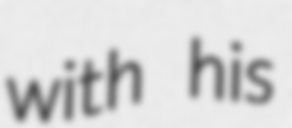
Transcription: with his